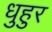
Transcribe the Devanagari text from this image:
धुहुर